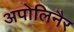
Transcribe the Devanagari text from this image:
अपोलिनैर